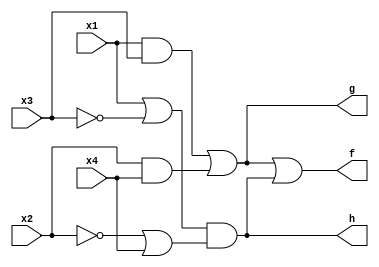
module prog1(x1, x2, x3, x4, f, g, h);
input x1, x2, x3, x4;
output f, g, h;
and(a, x1, x3);
and(b, x2, x4);
not(e1, x3);
not(e2, x2);
or(c, x1, e1);
or(d, e2, x4);
or(g, a, b);
and(h, c, d);
or(f, g, h);
endmodule